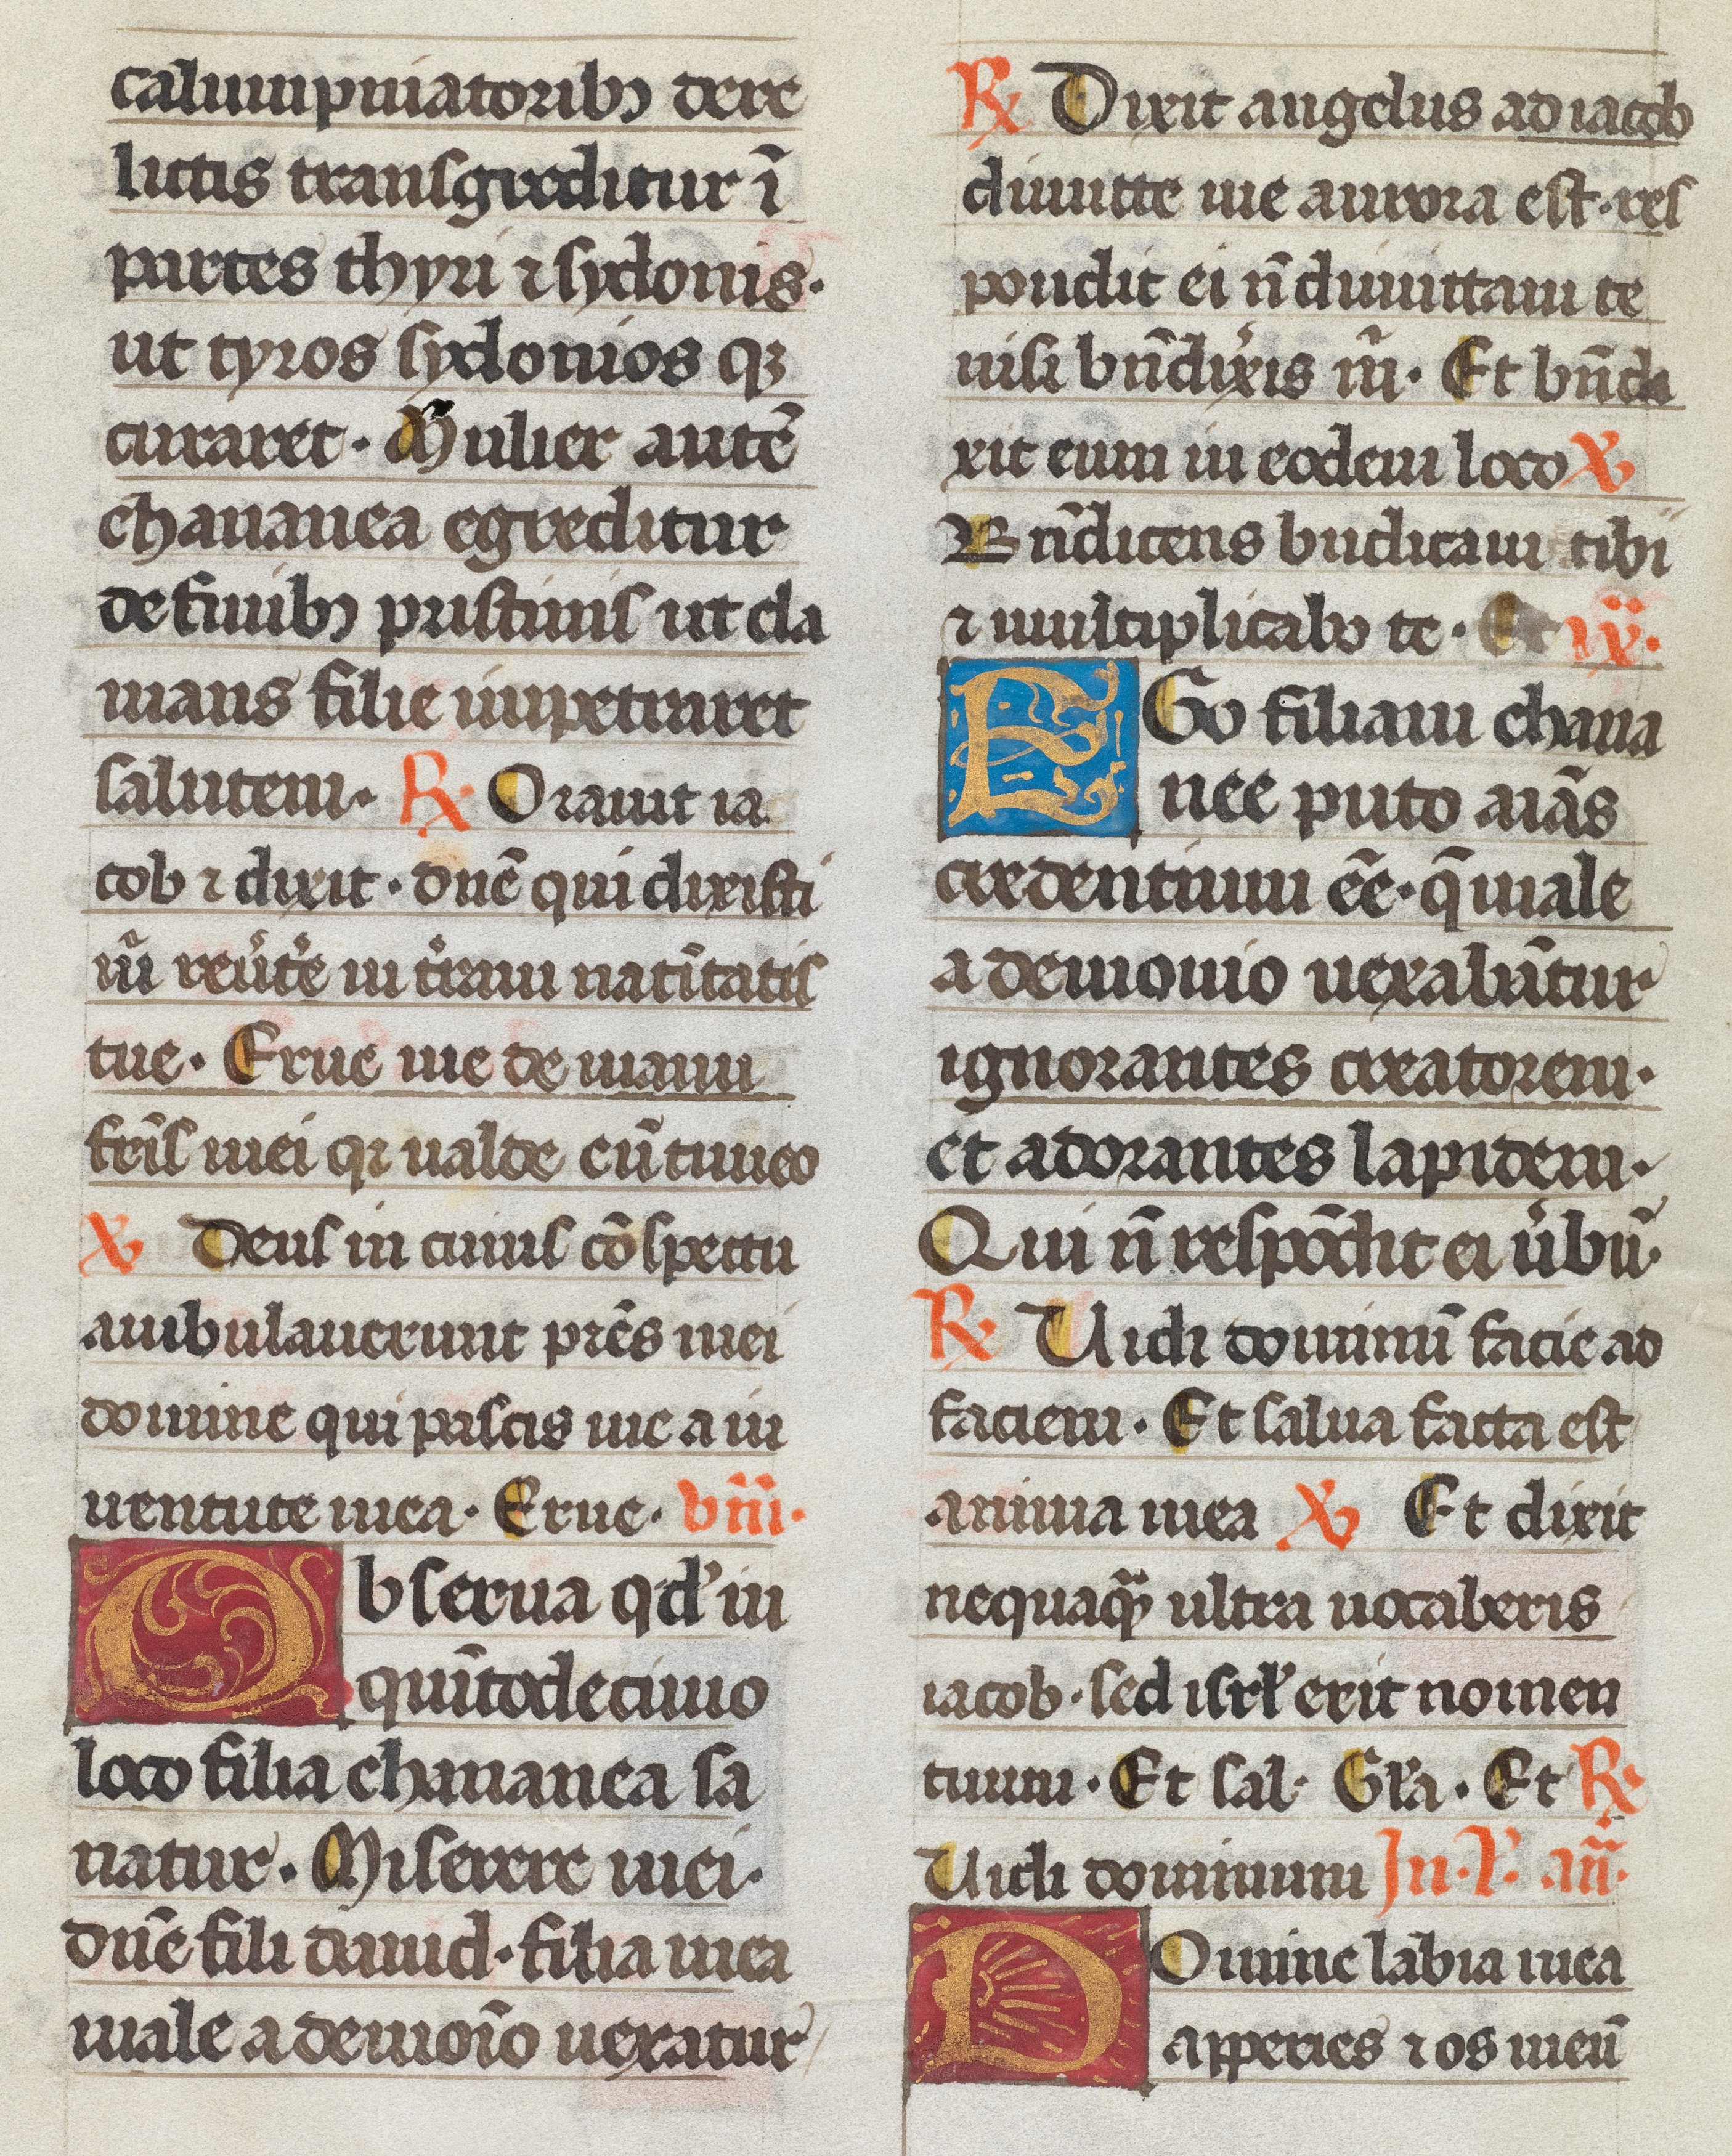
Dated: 1493–1493